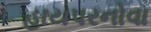
હાયપરનોવા